Annual report on the Civil Veterinary Department, Burma (including the Insein Veterinary School) - 1910-1922
Year: 1910
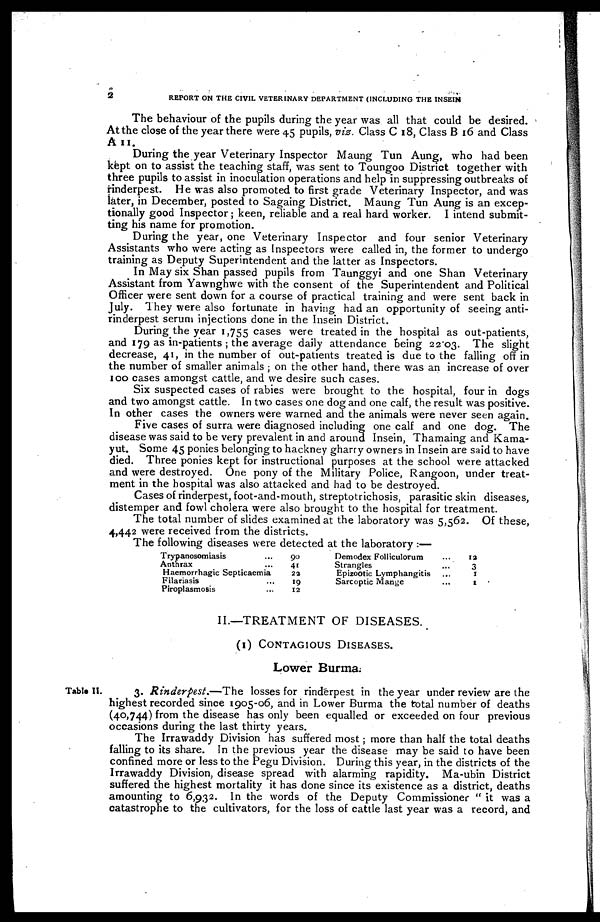
2
REPORT ON THE CIVIL VETERINARY DEPARTMENT (INCLUDING THE INSEIN
The behaviour of the pupils during the year was all that could be desired.
At the close of the year there were 45 pupils, viz. Class C 18, Class B 16 and Class
A 11.
During the year Veterinary Inspector Maung Tun Aung, who had been
kept on to assist the teaching staff, was sent to Toungoo District together with
three pupils to assist in inoculation operations and help in suppressing outbreaks of
rinderpest.
He was also promoted to first grade Veterinary Inspector, and was
later, in December, posted to Sagaing District. Maung Tun Aung is an excep-
tionally good Inspector; keen, reliable and a real hard worker. I intend submit-
ting his name for promotion.
During the year, one Veterinary Inspector and four senior Veterinary
Assistants who were acting as Inspectors were called in, the former to undergo
training as Deputy Superintendent and the latter as Inspectors.
In May six Shan passed pupils from Taunggyi and one Shan Veterinary
Assistant from Yawnghwe with the consent of the Superintendent and Political
Officer were sent down for a course of practical training and were sent back in
July. They were also fortunate in having had an opportunity of seeing anti-
rinderpest serum injections done in the Insein District.
During the year 1,755 cases were treated in the hospital as out-patients,
and 179 as in-patients ; the average daily attendance being 2203. The slight
decrease, 41, in the number of out-patients treated is due to the falling off in
the number of smaller animals ; on the other hand, there was an increase of over
100 cases amongst cattle, and we desire such cases.
Six suspected cases of rabies were brought to the hospital, four in dogs
and two amongst cattle. In two cases one dog and one calf, the result was positive.
In other cases the owners were warned and the animals were never seen again.
Five cases of surra were diagnosed including one calf and one dog. The
disease was said to be very prevalent in and around Insein, Thamaing and Kama-
yut. Some 45 ponies belonging to hackney gharry owners in Insein are said to have
died. Three ponies kept for instructional purposes at the school were attacked
and were destroyed. One pony of the Military Police, Rangoon, under treat-
ment in the hospital was also attacked and had to be destroyed.
Cases of rinderpest, foot-and-mouth, streptotrichosis, parasitic skin diseases,
distemper and fowl cholera were also brought to the hospital for treatment.
The total number of slides examined at the laboratory was 5,562. Of these,
4,442 were received from the districts.
The following diseases were detected at the laboratory :—
Trypanosomiasis ...
Anthrax ...
Haemorrhagic Septicaemia
Filariasis ...
Piroplasmosis ...
90
41
22
19
12
Demodex Folliculorum ...
Strangles
Epizootic Lymphangitis ...
Sarcoptic Mange ...
12
3
1
1
II.—TREATMENT OF DISEASES.
(1) CONTAGIOUS DISEASES.
Lower Burma.
Table II.
3. Rinderpest.—The
losses for rinderpest in the year under review are the
highest recorded since 1905-06, and in Lower Burma the total number of deaths
(40,744) from the disease has only been equalled or exceeded on four previous
occasions during the last thirty years.
The Irrawaddy Division has suffered most; more than half the total deaths
falling to its share. In the previous year the disease may be said to have been
confined more or less to the Pegu Division. During this year, in the districts of the
Irrawaddy Division, disease spread with alarming rapidity. Ma-ubin District
suffered the highest mortality it has done since its existence as a district, deaths
amounting to 6,932. In the words of the Deputy Commissioner " it was a
catastrophe to the cultivators, for the loss of cattle last year was a record, and